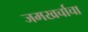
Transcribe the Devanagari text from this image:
जमखर्चाचा